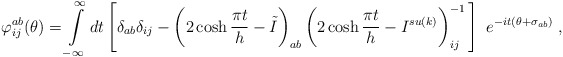
\begin{align*}\varphi _{ij}^{ab}(\theta )=\int\limits_{-\infty }^{\infty }dt\left[ \delta_{ab}\delta _{ij}-\left( 2\cosh \frac{\pi t}{h}-\tilde{I}\right) _{ab}\left(2\cosh \frac{\pi t}{h}-I^{su(k)}\right) _{ij}^{-1}\,\right]\,\,e^{-it(\theta +\sigma _{ab})}\;, \end{align*}